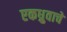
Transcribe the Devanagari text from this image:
एकध्रुवाचे